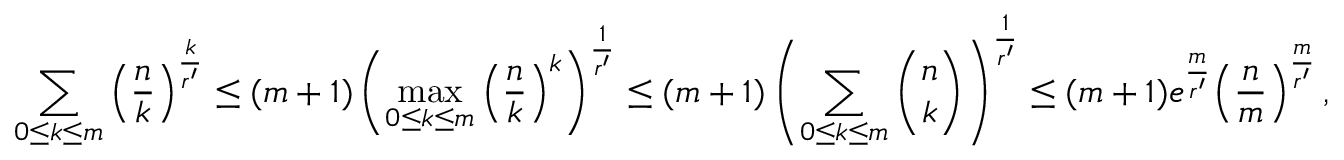
\sum _ { 0 \leq k \leq m } \Big ( \frac { n } { k } \Big ) ^ { \frac { k } { r ^ { \prime } } } \leq ( m + 1 ) \left( \operatorname* { m a x } _ { 0 \leq k \leq m } \Big ( \frac { n } { k } \Big ) ^ { k } \right) ^ { \frac { 1 } { r ^ { \prime } } } \leq ( m + 1 ) \left( \sum _ { 0 \leq k \leq m } \binom { n } { k } \right) ^ { \frac { 1 } { r ^ { \prime } } } \leq ( m + 1 ) e ^ { \frac { m } { r ^ { \prime } } } \Big ( \frac { n } { m } \Big ) ^ { \frac { m } { r ^ { \prime } } } \, ,